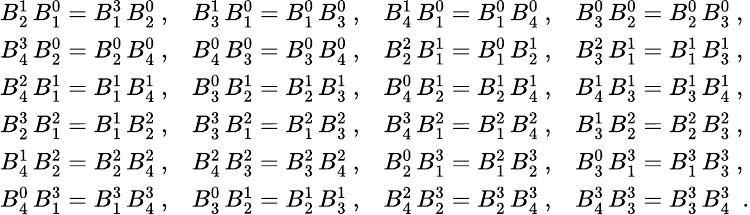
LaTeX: {\small\begin{array}{llll}{B_{2}^{1}\, B_{1}^{0}=B_{1}^{3}\, B_{2}^{0}\ ,}&{B_{3}^{1}\, B_{1}^{0}=B_{1}^{0}\, B_{3}^{0}\ ,}&{B_{4}^{1}\, B_{1}^{0}=B_{1}^{0}\, B_{4}^{0}\ ,}&{B_{3}^{0}\, B_{2}^{0}=B_{2}^{0}\, B_{3}^{0}\ ,}\\ {B_{4}^{3}\, B_{2}^{0}=B_{2}^{0}\, B_{4}^{0}\ ,}&{B_{4}^{0}\, B_{3}^{0}=B_{3}^{0}\, B_{4}^{0}\ ,}&{B_{2}^{2}\, B_{1}^{1}=B_{1}^{0}\, B_{2}^{1}\ ,}&{B_{3}^{2}\, B_{1}^{1}=B_{1}^{1}\, B_{3}^{1}\ ,}\\ {B_{4}^{2}\, B_{1}^{1}=B_{1}^{1}\, B_{4}^{1}\ ,}&{B_{3}^{0}\, B_{2}^{1}=B_{2}^{1}\, B_{3}^{1}\ ,}&{B_{4}^{0}\, B_{2}^{1}=B_{2}^{1}\, B_{4}^{1}\ ,}&{B_{4}^{1}\, B_{3}^{1}=B_{3}^{1}\, B_{4}^{1}\ ,}\\ {B_{2}^{3}\, B_{1}^{2}=B_{1}^{1}\, B_{2}^{2}\ ,}&{B_{3}^{3}\, B_{1}^{2}=B_{1}^{2}\, B_{3}^{2}\ ,}&{B_{4}^{3}\, B_{1}^{2}=B_{1}^{2}\, B_{4}^{2}\ ,}&{B_{3}^{1}\, B_{2}^{2}=B_{2}^{2}\, B_{3}^{2}\ ,}\\ {B_{4}^{1}\, B_{2}^{2}=B_{2}^{2}\, B_{4}^{2}\ ,}&{B_{4}^{2}\, B_{3}^{2}=B_{3}^{2}\, B_{4}^{2}\ ,}&{B_{2}^{0}\, B_{1}^{3}=B_{1}^{2}\, B_{2}^{3}\ ,}&{B_{3}^{0}\, B_{1}^{3}=B_{1}^{3}\, B_{3}^{3}\ ,}\\ {B_{4}^{0}\, B_{1}^{3}=B_{1}^{3}\, B_{4}^{3}\ ,}&{B_{3}^{0}\, B_{2}^{1}=B_{2}^{1}\, B_{3}^{1}\ ,}&{B_{4}^{2}\, B_{2}^{3}=B_{2}^{3}\, B_{4}^{3}\ ,}&{B_{4}^{3}\, B_{3}^{3}=B_{3}^{3}\, B_{4}^{3}\ \ .}\end{array}}\normalsize